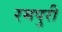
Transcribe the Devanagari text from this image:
रमपुरी